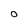
Character: o